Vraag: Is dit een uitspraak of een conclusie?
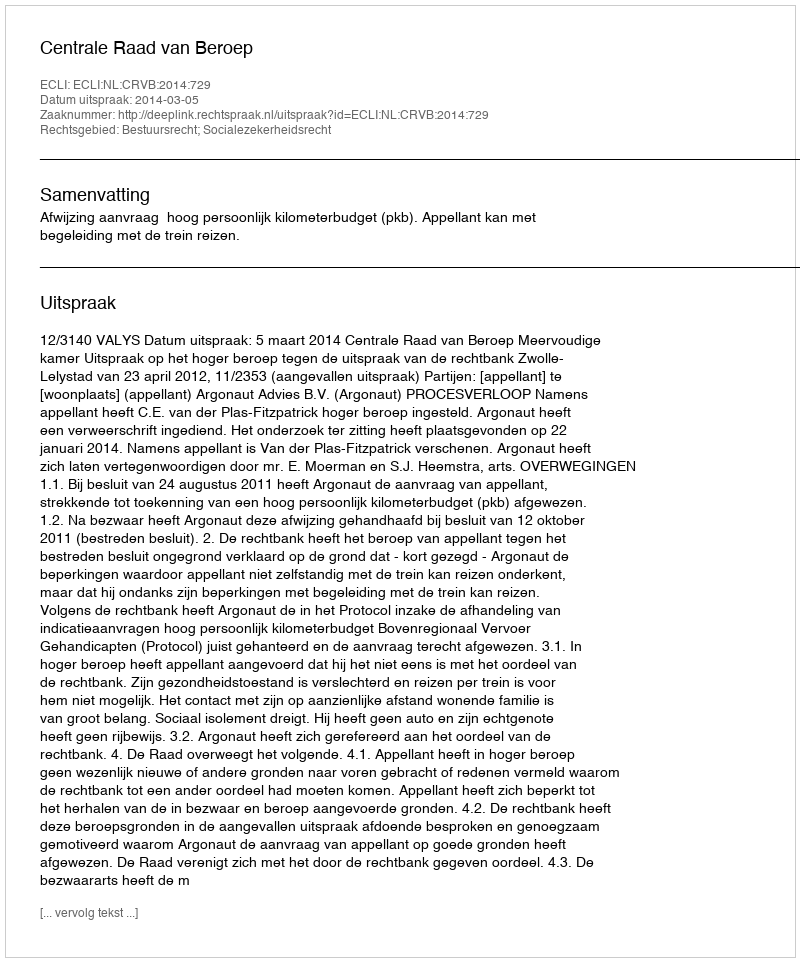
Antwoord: Uitspraak